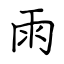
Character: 雨